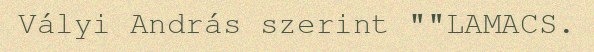
Vályi András szerint ""LAMACS.